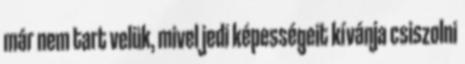
már nem tart velük, mivel jedi képességeit kívánja csiszolni